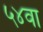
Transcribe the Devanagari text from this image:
५४वा